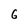
Character: 6